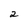
Character: 2